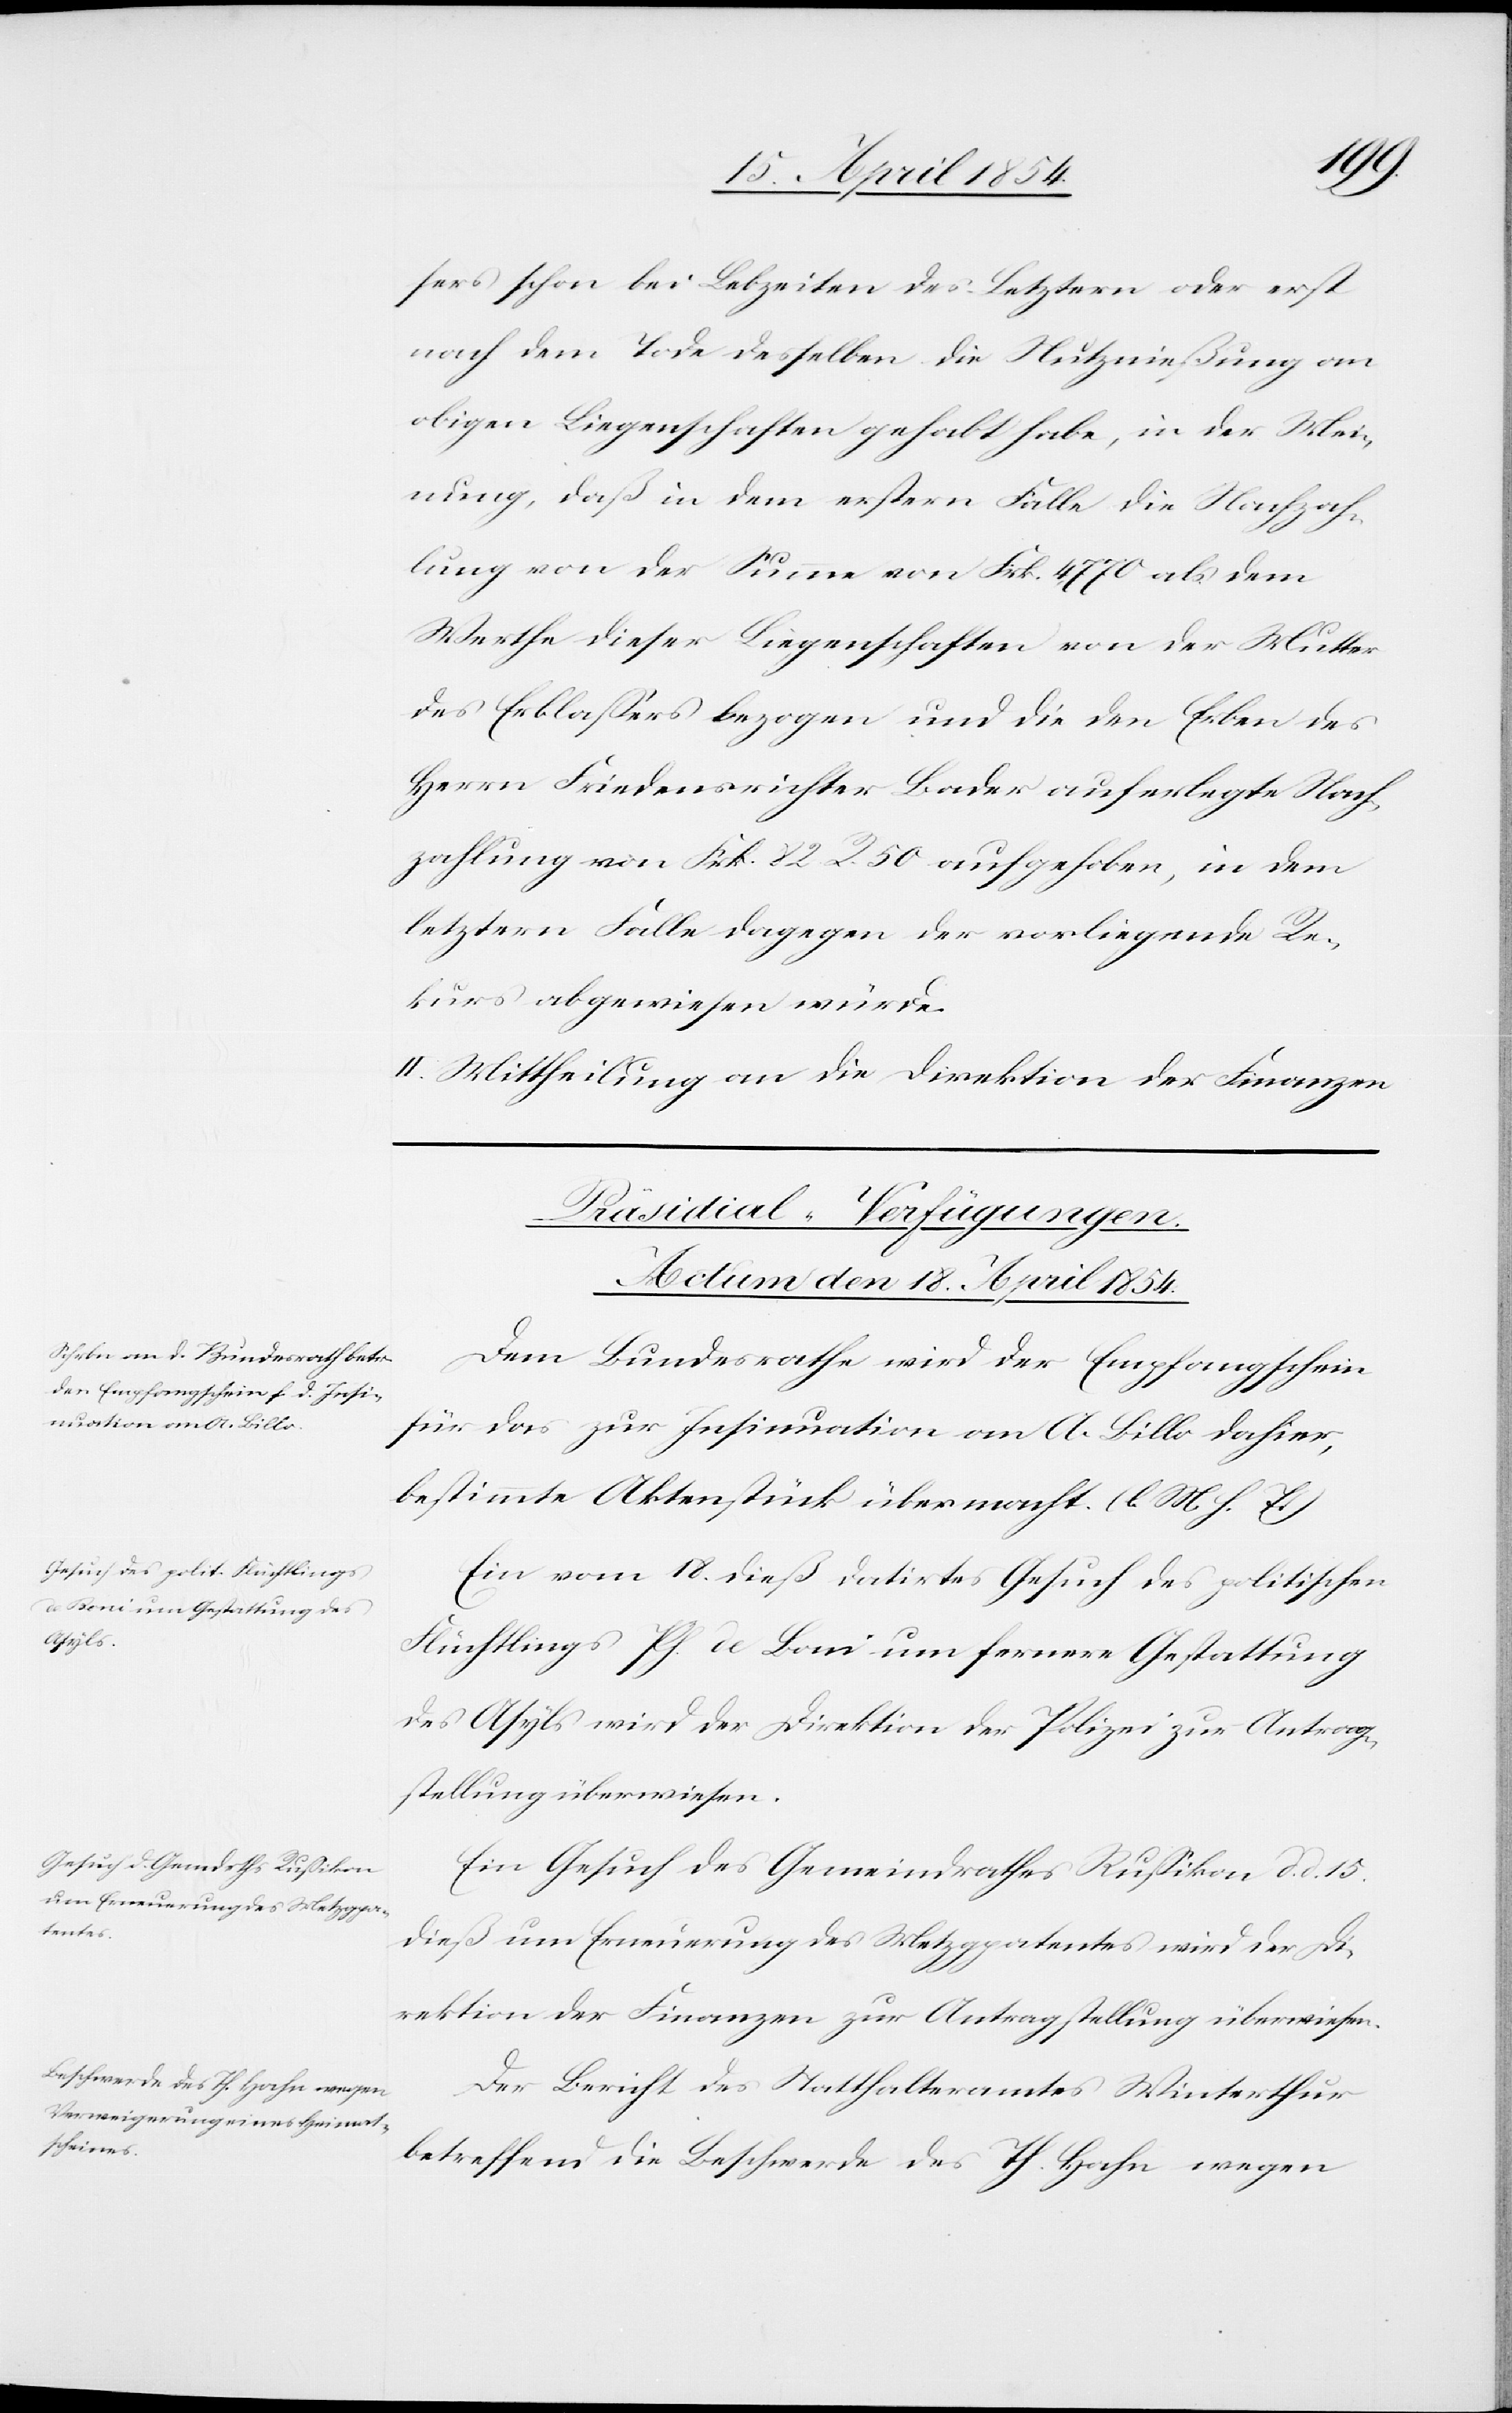
sers schon bei Lebzeiten des Letztern oder erst
nach dem Tode desselben die Nutznießung an
obigen Liegenschaften gehabt habe, in der Mei¬
nung, daß in dem erstern Falle die Nachzah¬
lung von der Summe von Frk. 4,770 als dem
Werthe dieser Liegenschaften von der Mutter
des Erblaßers bezogen und die den Erben des
Herrn Friedensrichter Bader auferlegte Nach¬
zahlung von Frk. 82 R. 50 aufgehoben, in dem
letztern Falle dagegen der vorliegende Re¬
kurs abgewiesen würde.
II. Mittheilung an die Direktion der Finanzen.
[Präsidial-Verfügungen.
Actum den 18. April 1854.]
Dem Bundesrathe wird der Empfangschein
für das zur Insinuation an A. Billo dahier,
bestimmte Aktenstück übermacht. (l. M. h. T.)
Ein vom 18. dieß datirtes Gesuch des politischen
Flüchtlings Ph. de Boni um fernere Gestattung
des Asyls wird der Direktion der Polizei zur Antrag¬
stellung überwiesen.
Ein Gesuch des Gemeindrathes Rußikon d. d. 15.
dieß um Erneuerung des Metzpatentes wird der Di¬
rektion der Finanzen zur Antragstellung überwiesen.
Der Bericht des Statthalteramtes Winterthur
betreffend die Beschwerde des Th. Hahn wegen